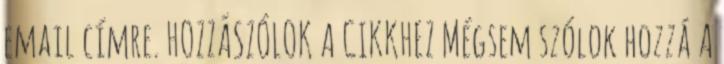
email címre. HOZZÁSZÓLOK A CIKKHEZ Mégsem szólok hozzá A